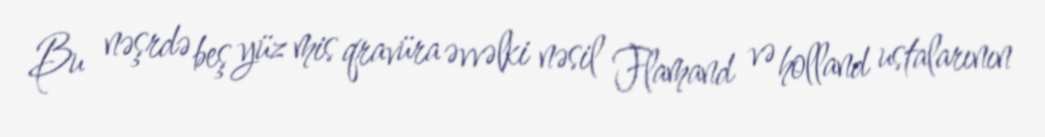
Bu nəşrdə beş yüz mis qravüra əvvəlki nəsil Flamand və holland ustalarının